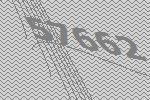
57662